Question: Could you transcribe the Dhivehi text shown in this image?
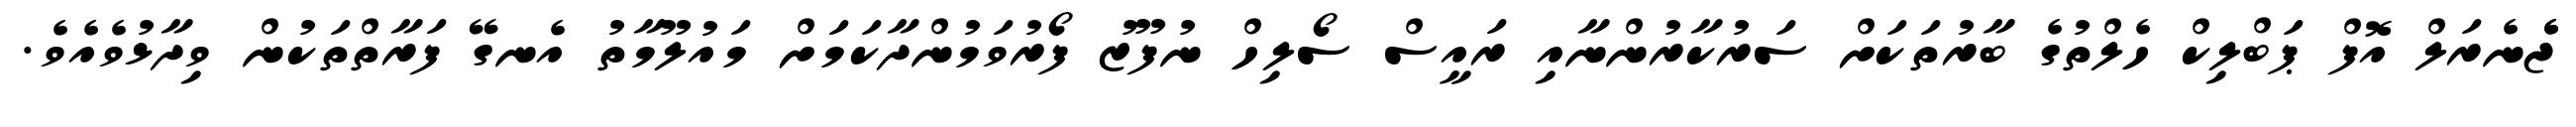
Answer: ޖެެނެރަލް އޮފް ޕަބްލިކް ހެލްތުގެ ބާރުތަކަށް ސަރުކާރުންނާއި ރައީސް ސޯލިހް ނުފޫޒު ފޯރުވަމުންދާކަމަށް މައުލޫމާތު އެނގޭ ފަރާތްތަކުން ވިދާޅުވެއެވެ.